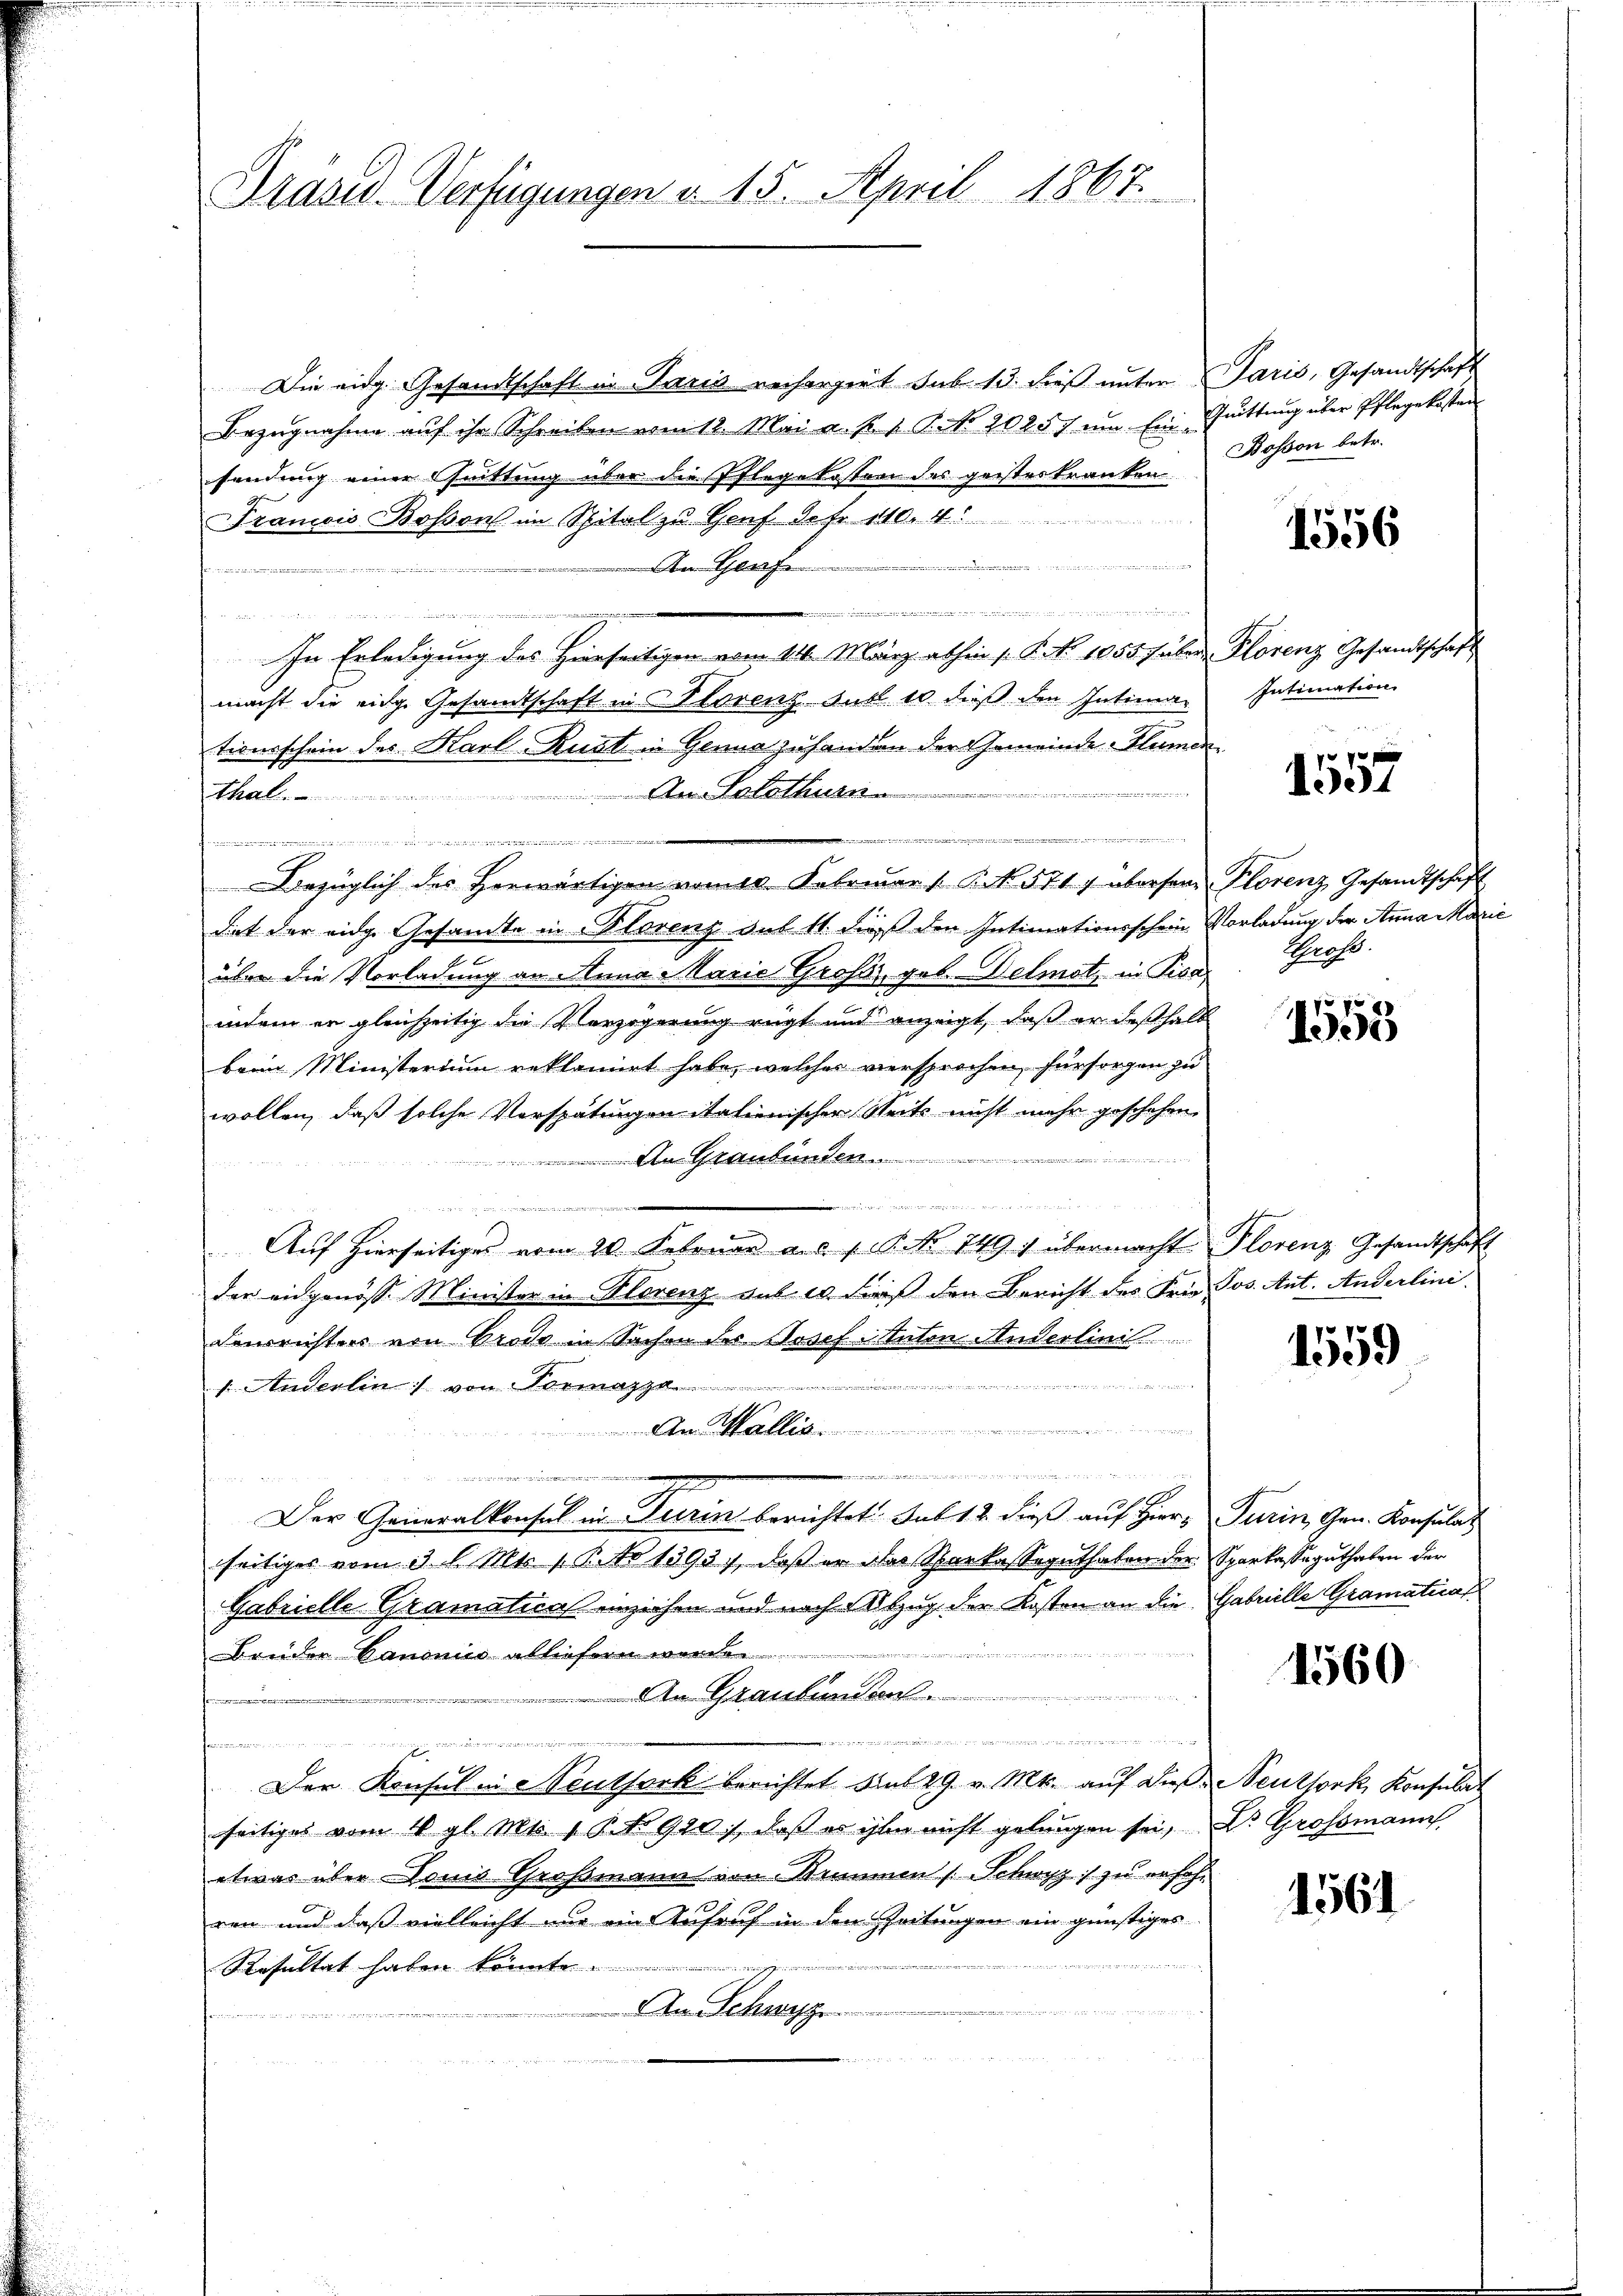
Präsid. Verfügungen a. 15. April 1867.

Die eidg. Gesandtschaft in Paris rechergert sub 13. dieß unter Paris, Gesandtschaft
Bezugnahme auf ihr Schreiben vom 12. Mai a. p. v. P. No. 20257 um Ein Wittung über Pflegekosten
fendung einer Quittung über die Pflegekosten des geisteskranken
Tramois Bossons im Spital zu Genf Octr 110. 4
44
An Grafe
d
dann und dann in
g
   wenn es an der genommen
In Erledigung des Hierseitigen vom 14. März abhin s. B. No 1055 f aber Florenz Gesandtschaft
macht die eidge Gesandtschaft in Alorenz. Just 10 dieß den Intima-
tionsschein des Karl Ruat in Genua zuhanden der Gemeinde- Blumen¬

tthal. An Solothurn
n
t
Bezüglich des Herwärtigen vom Februar /: P. N. 571 7 übersame Plorenz Gesandtschaft
dit der eidge Gesamte in Florenz Sub 11. dieß den Intimationsschein Vorladung der Anna Marie
über die Vorladung an Anna Marie Große, geb. Delmot, in Pisaindem er gleichzeitig die Verzögerung rügt und anzeigt, daß er deshalb
beim Ministerium reklamirt habe, welches viersprochen, fürsorgen zu
wollen, daß solche Verspätungen italienischer Seits nicht mehr geschehen.
An Graubünden.
i

a
Auf hierseitiges vom 20. Februar als 1. No 749. übermacht Plorenz Gesandtschaft
der eidgenöss. Minister in Florenz aus es dieß den Bericht des Frie Jos. Ant. Anderlini
Fenrichter von Prose in Sachen der Josef Stuten Anderlini
s. Anderlin von Vormat
An Wallis
dan werden

Der Generalkonsul in Turin berichtet Sub 12. dieß auf Hier, Turin, Gen. Konsulat
seitiges vom 3. l. Mts. 1. B. No 1393), daß er des Sparkassoguthaten der Sparkassaguthaben der
Gabrielle Gramatica einziehen und nach Abzug der Kosten an die Gabrille Gramatica
Niniviert dritt in mag der in werden wird der
Bruder Canonis abliefern meine
n Graubünden
.
da, wo man in

s.
E
Der Konsul in Hautfark berichtet mit 29. v. Mts. auf das Neuthork, Konsulat
seitiges vom 10 gl. Mts. 11. No 920), daß er ihn nicht gelingen sei, Dr. Grossmann
etwas über Doms Großmann von Strimmen (Schwyz :/ zu erfahren und daß vielleicht nur ein Aufruf in den Zeitungen ein günstiges
unt zu ein und die ein
Resultat haben könnte.

An Schwyz

Bosson betr.

1556

Intimation.

1557

Gross

1553

1559

1560

1561